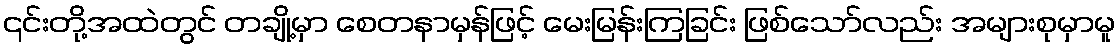
၎င်းတို့အထဲတွင် တချို့မှာ စေတနာမှန်ဖြင့် မေးမြန်းကြခြင်း ဖြစ်သော်လည်း အများစုမှာမူ